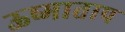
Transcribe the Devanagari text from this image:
ऊष्माताप